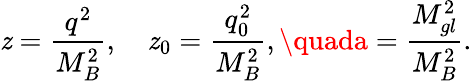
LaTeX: \mathit{z}={\frac{{q^{2}}}{{M_{B}^{2}}}},\quad\mathit{z}_{0}={\frac{{q_{0}^{2}}}{{M_{B}^{2}}}},\quada={\frac{{M_{gl}^{2}}}{{M_{B}^{2}}}}.